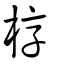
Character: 椁